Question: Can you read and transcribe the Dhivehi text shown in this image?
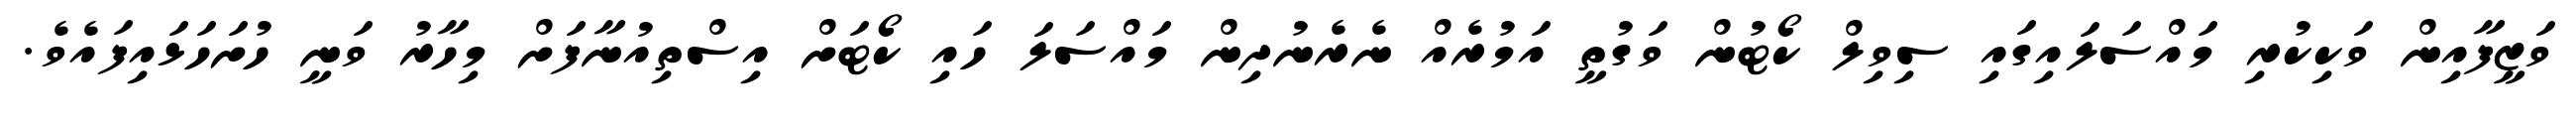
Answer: ވަޒީފާއިން ވަކިކުރި މައްސަލައިގައި ސިވިލް ކޯޓުން ވަގުތީ އަމުރެއް ނެރެނުދިން މައްސަލަ ހައި ކޯޓަށް އިސްތިއުނާފަށް މިހާރު ވަނީ ހުށަހަޅައިފައެވެ.